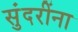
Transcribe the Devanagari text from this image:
सुंदरींना